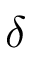
\delta